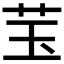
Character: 𱽑